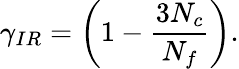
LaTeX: \gamma_{IR}=\left(1-\frac{3N_{c}}{N_{f}}\right).